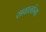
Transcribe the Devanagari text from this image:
सवालांना